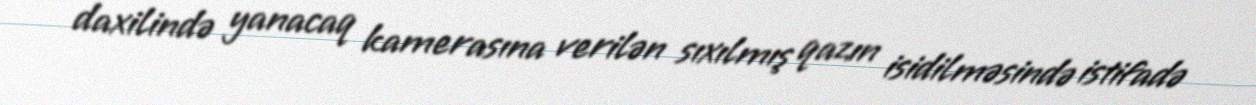
daxilində yanacaq kamerasına verilən sıxılmış qazın isidilməsində istifadə